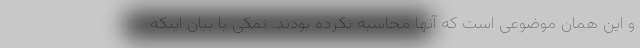
و این همان موضوعی است که آنها محاسبه نکرده بودند. نمکی با بیان اینکه